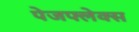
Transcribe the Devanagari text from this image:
पेजफ्लेक्स